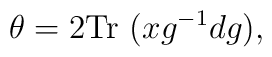
\theta=2\mbox{Tr}~(xg^{-1}dg),